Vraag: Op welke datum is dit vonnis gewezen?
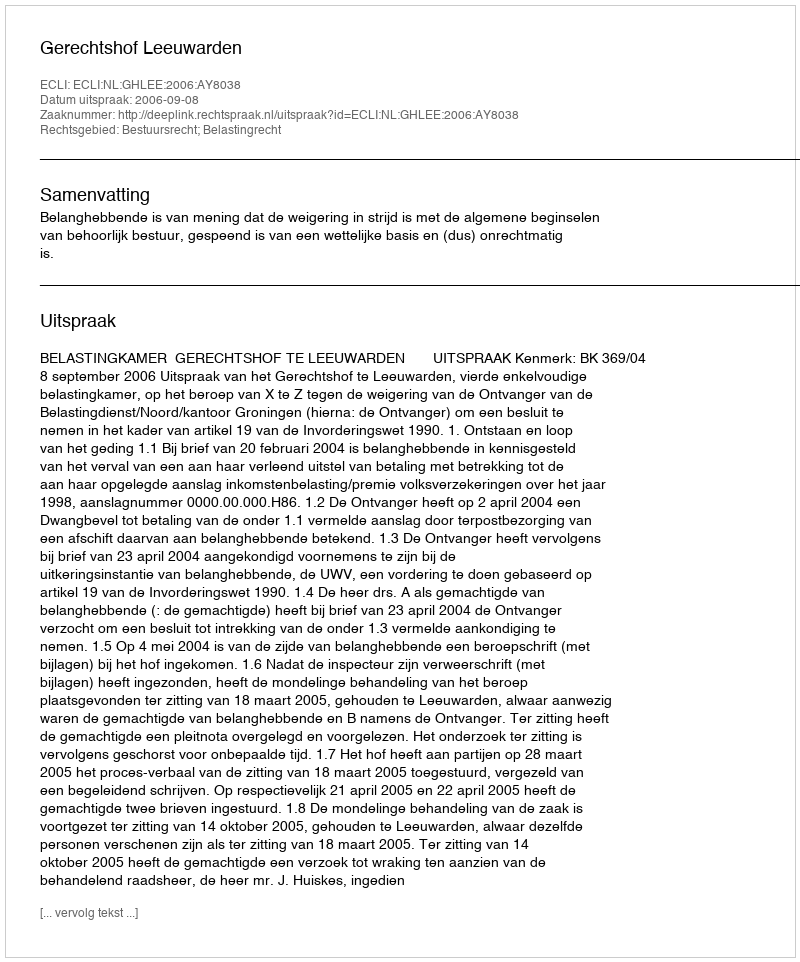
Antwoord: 2006-09-08